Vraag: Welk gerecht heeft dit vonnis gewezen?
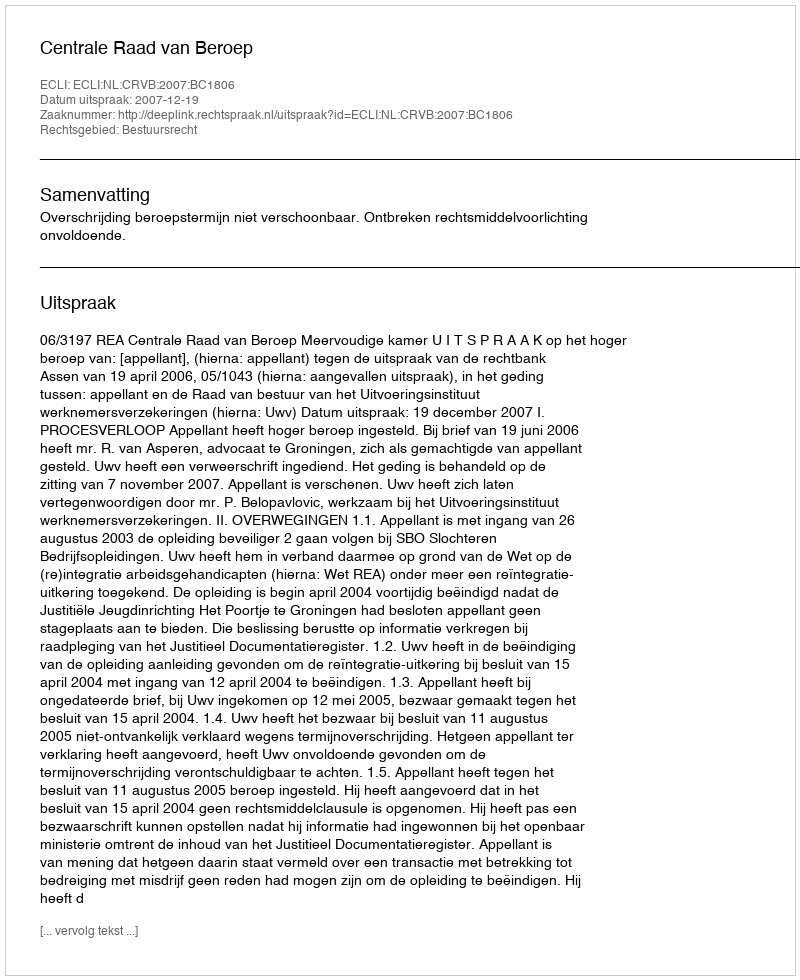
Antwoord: Centrale Raad van Beroep